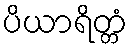
ပိယာရိတ္တံ